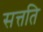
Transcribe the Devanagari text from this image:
सत्तति